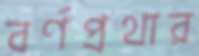
বর্ণপ্রথার